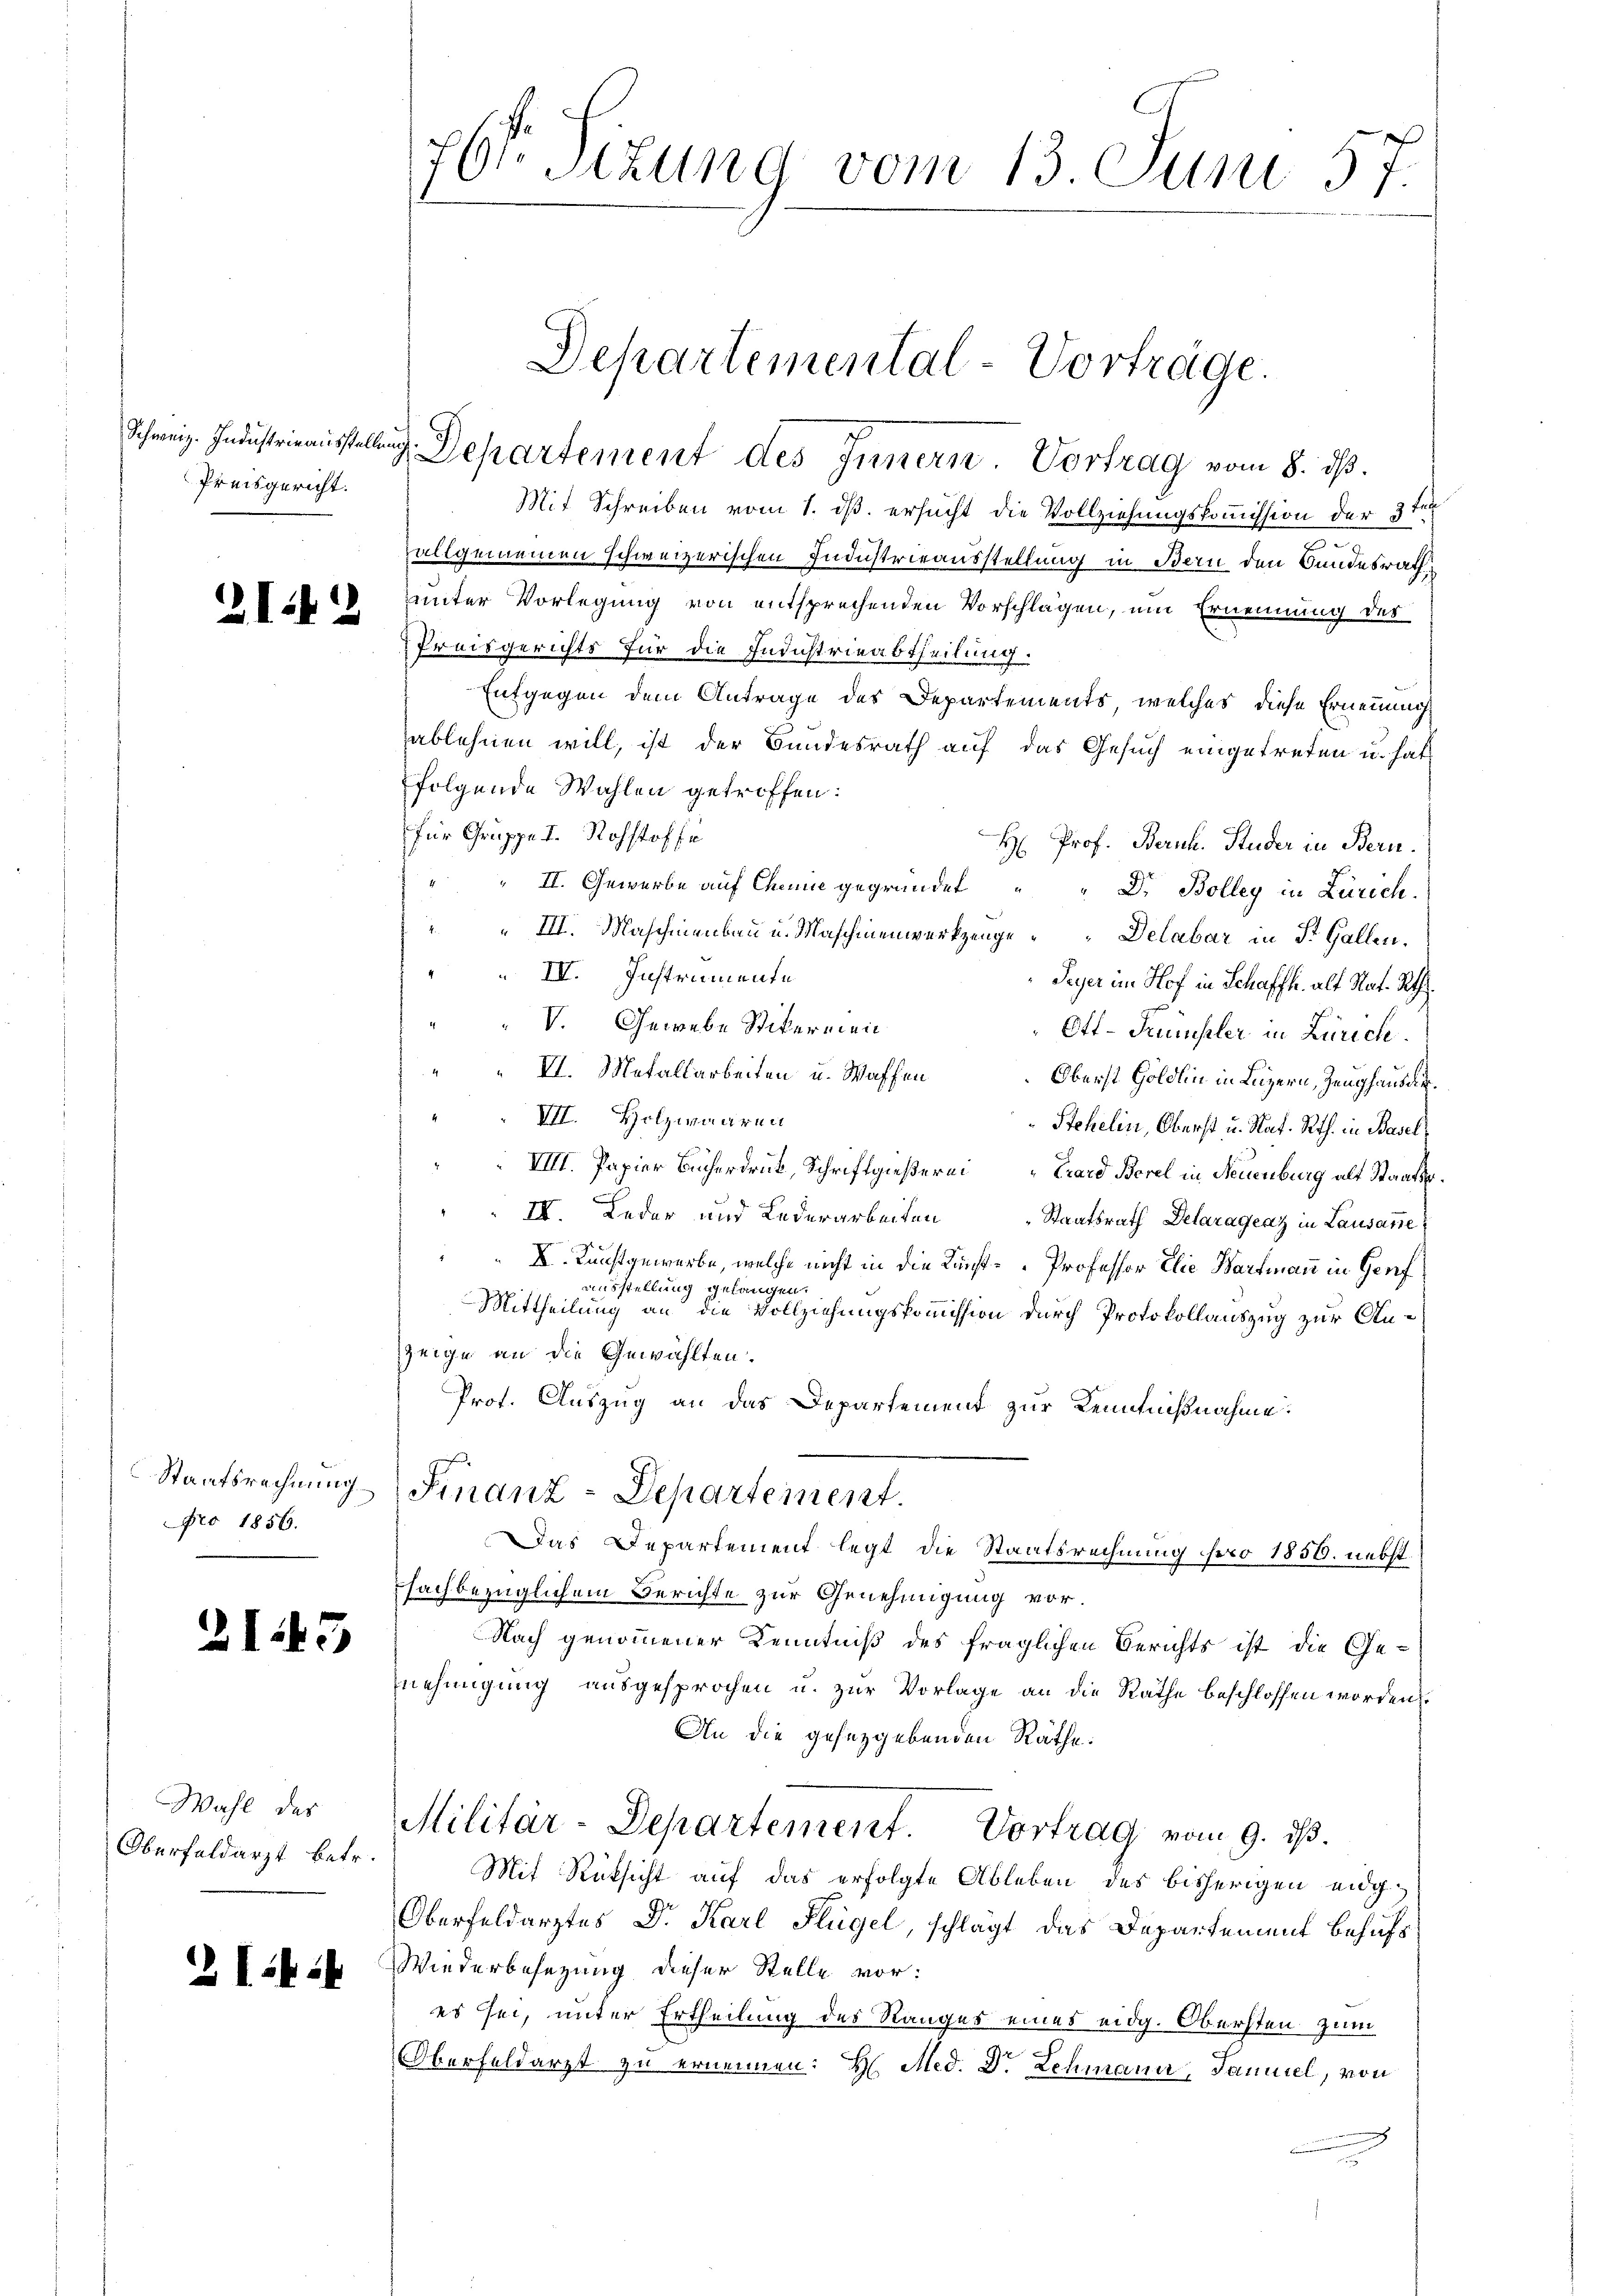
Preisgericht.

21.

Nro 1856.

21

2

3

Wahl des
Oberfeldarzt betr.

Z I 26

761 Sizung vom 13. Juni 57.

Mit Schreiben vom 1. dß ersucht die Vollziehungskommission der 3ten
allgemeinen schweizerischen Industrieausstellung in Bern den Bundesrath
unter Vorlegung von entsprechenden Vorschlagen, um Ernennung des
Preisgerichts für die Industrieabtheilung
Entgegen dem Antrage des Departements, welches diese Ernennung
sablehnen will, ist der Bundesrath auf das Gesuch eingetreten u. hat
folgende Wahlen getroffen:
für Gruppe I. Rohstoffe
H: Prof. Bern. Studer in Bern.
II. Gewerbe auf Chemie gegründet
Dr. Bolleg in Zürich.
III. Maschinenbau u. Maschinenwerkzeuge Delabar in St. Gallen.
IV. Instrumente
Peyer im Hof in Schaffh. alt Nat. Rth.
V. Gewebe Stikernen
Ott-Künstler in Zürich
VI. Metallarbeiten u. Waffen
Oberst Göldlin in Luzern, Zeughaus die¬
VII. Holzwaaren
Stehelin, Oberst u. Rat. Rth. in Basel¬
VIII. Papier Bücherdruk, Schriftgießern Brand Borel in Neuenburg alt Staats¬
IV. Leder und Lederarbeiten
Staatsrath Delaragenz in Lausare
X. Kunstgewerbe, welche nicht in die Kunst Professor Elie Hartmann in Genf
ausstellung gelangen.
Mittheilung an die Vollziehungskommission durch Protokollauszug zur Anzeige an die Gewählten.
Prot. Auszug an das Departement zur Kenntnißnahme.
Staatsrechnung. Finanz-Departement.
Das Departement legt die Staatsrechnung foro 1856. nebst
fachbezüglichem Berichte zur Genehmigung vor.
Nach genommener Kenntniß des fraglichen Berichts ist die Genehmigung ausgesprochen u. zur Vorlage an die Rathe beschlossen worden.
An die gesetzgebenden Räthe.
Militär-Departement. Vortrag vom 9. ds.
Mit Rüksicht auf das erfolgte Ableben des bisherigen eig¬
Oberfeldarztes Dr. Karl Flügel, schlagt das Departement behufs
Wiederbesezung dieser Stelle vor:
es sei, unter Ertheilung des Ranges eines eidg. Obersten zum
Oberfeldarzt zu ernennen: H. Med. Dr. Lehmann, Faniel, von

Departemental-Vorträge.
Schweiz. Industrieausstellung. Departement des Innern. Vortrag vom 8. ds.